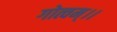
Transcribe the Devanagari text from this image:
गोत्वम्।।